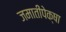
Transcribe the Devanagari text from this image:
जमातींपेक्षा